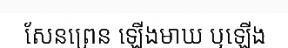
សែនព្រេន ឡើងមាឃ ឬឡើង